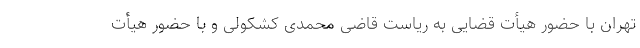
تهران با حضور هیأت قضایی به ریاست قاضی محمدی کشکولی و با حضور هیأت